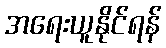
အရေးယူနိုင်ရန်